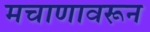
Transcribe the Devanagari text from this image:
मचाणावरून